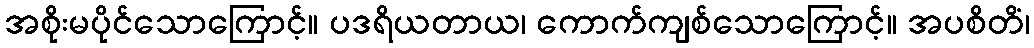
အစိုးမပိုင်သောကြောင့်။ ပဒရိယတာယ၊ ကောက်ကျစ်သောကြောင့်။ အပစိတိံ၊